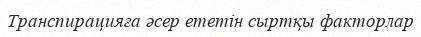
Транспирацияға әсер ететін сыртқы факторлар